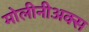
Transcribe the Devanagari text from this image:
मोलीनीअक्स